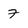
Character: 7